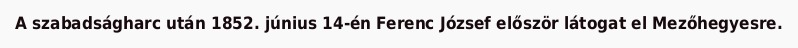
A szabadságharc után 1852. június 14-én Ferenc József először látogat el Mezőhegyesre.